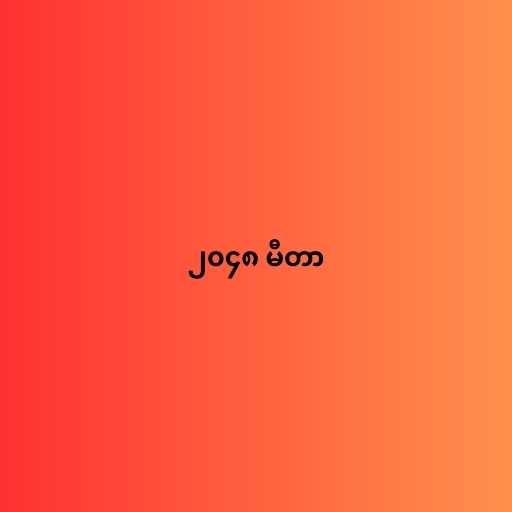
၂၀၄၈ မီတာ